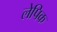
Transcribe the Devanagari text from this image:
लेपिक